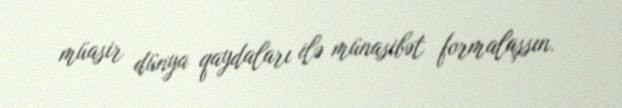
müasir dünya qaydaları ilə münasibət formalaşsın.